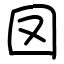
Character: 㘝